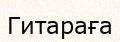
Гитараға